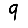
Digit: 9